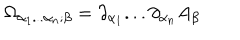
\Omega _ { \alpha _ { 1 } . . . \alpha _ { n } ; \beta } = \partial _ { \alpha _ { 1 } } . . . \partial _ { \alpha _ { n } } A _ { \beta }